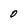
Character: 0